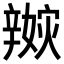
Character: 𨐭